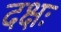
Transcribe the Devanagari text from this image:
दक्षः